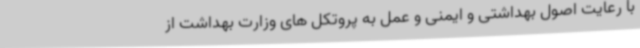
با رعایت اصول بهداشتی و ایمنی و عمل به پروتکل های وزارت بهداشت از